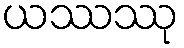
ယဿဿု